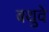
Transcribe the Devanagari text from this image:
बथुवे